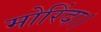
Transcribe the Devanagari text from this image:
मोरिंदा।